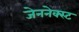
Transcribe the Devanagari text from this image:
जेननेक्स्ट